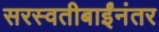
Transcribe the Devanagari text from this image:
सरस्वतीबाईंनंतर